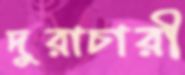
দুরাচারী